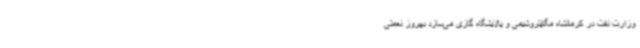
وزارت نفت در کرمانشاه مگاپتروشیمی و پالایشگاه گازی می‌سازد بهروز نعمتی